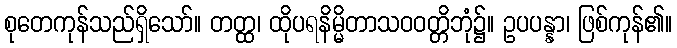
စုတေကုန်သည်ရှိသော်။ တတ္ထ၊ ထိုပရနိမ္မိတာသဝဝတ္တိဘုံ၌။ ဥပပန္နာ၊ ဖြစ်ကုန်၏။